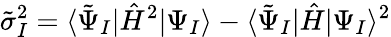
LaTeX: \tilde{\sigma}_{I}^{2}=\langle\tilde{\Psi}_{I}|\hat{H}^{2}|\Psi_{I}\rangle-\langle\tilde{\Psi}_{I}|\hat{H}|\Psi_{I}\rangle^{2}